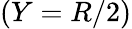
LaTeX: (Y=R/2)